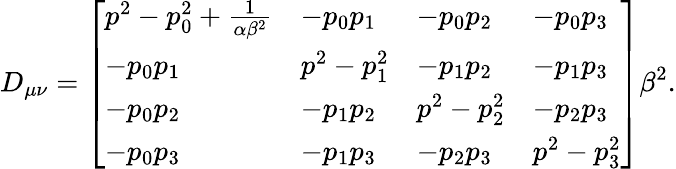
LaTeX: D_{\mu\nu}=\left[\begin{array}{llll}{{p^{2}-p_{0}^{2}+\frac{1}{\alpha\beta^{2}}}}&{{-p_{0}p_{1}}}&{{-p_{0}p_{2}}}&{{-p_{0}p_{3}}}\\ {{-p_{0}p_{1}}}&{{p^{2}-p_{1}^{2}}}&{{-p_{1}p_{2}}}&{{-p_{1}p_{3}}}\\ {{-p_{0}p_{2}}}&{{-p_{1}p_{2}}}&{{p^{2}-p_{2}^{2}}}&{{-p_{2}p_{3}}}\\ {{-p_{0}p_{3}}}&{{-p_{1}p_{3}}}&{{-p_{2}p_{3}}}&{{p^{2}-p_{3}^{2}}}\end{array}\right]\beta^{2}.